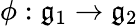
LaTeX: \phi:{\mathfrak{g}}_{1}\to{\mathfrak{g}}_{2}